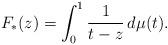
LaTeX: \begin{align*}F_*(z) = \int_0^1 \frac1{t-z}\,d\mu(t) .\end{align*}